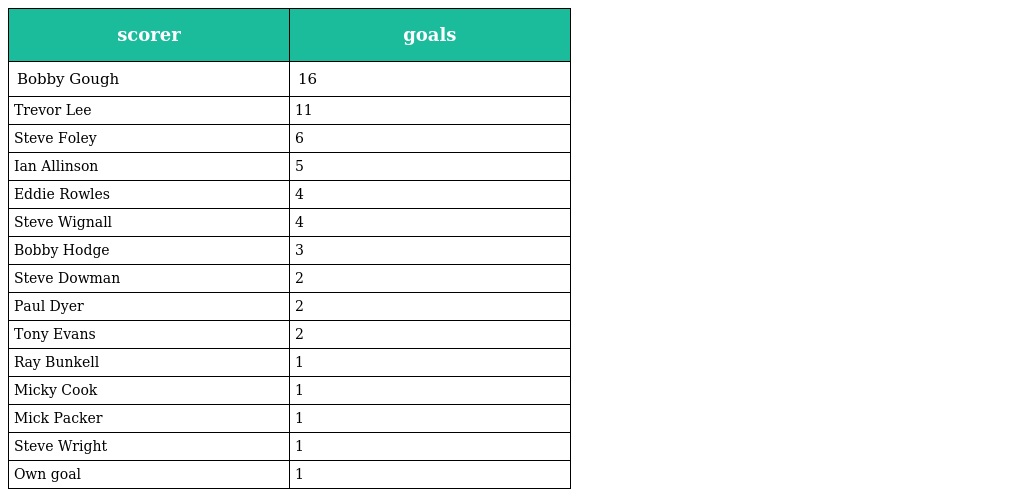
| scorer | goals |
 | --- | --- |
 | Bobby Gough | 16 |
 | Trevor Lee | 11 |
 | Steve Foley | 6 |
 | Ian Allinson | 5 |
 | Eddie Rowles | 4 |
 | Steve Wignall | 4 |
 | Bobby Hodge | 3 |
 | Steve Dowman | 2 |
 | Paul Dyer | 2 |
 | Tony Evans | 2 |
 | Ray Bunkell | 1 |
 | Micky Cook | 1 |
 | Mick Packer | 1 |
 | Steve Wright | 1 |
 | Own goal | 1 |